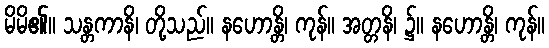
မိမိ၏။ သန္တကာနိ၊ တို့သည်။ နဟောန္တိ၊ ကုန်။ အတ္တနိ၊ ၌။ နဟောန္တိ၊ ကုန်။